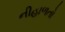
નીહાળતો